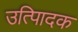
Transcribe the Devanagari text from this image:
उत्पािदक